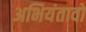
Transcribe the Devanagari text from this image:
अभियंतावों